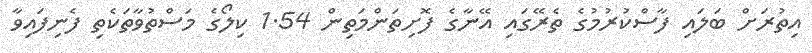
އިތުރަށް ބަލައި ފާސްކުރުމުގެ ތެރޭގައި އޭނާގެ ފޮށިތަންމަތިން 1.54 ކިލޯގެ މަސްތުވާތަކެތި ފެނިފައިވާ